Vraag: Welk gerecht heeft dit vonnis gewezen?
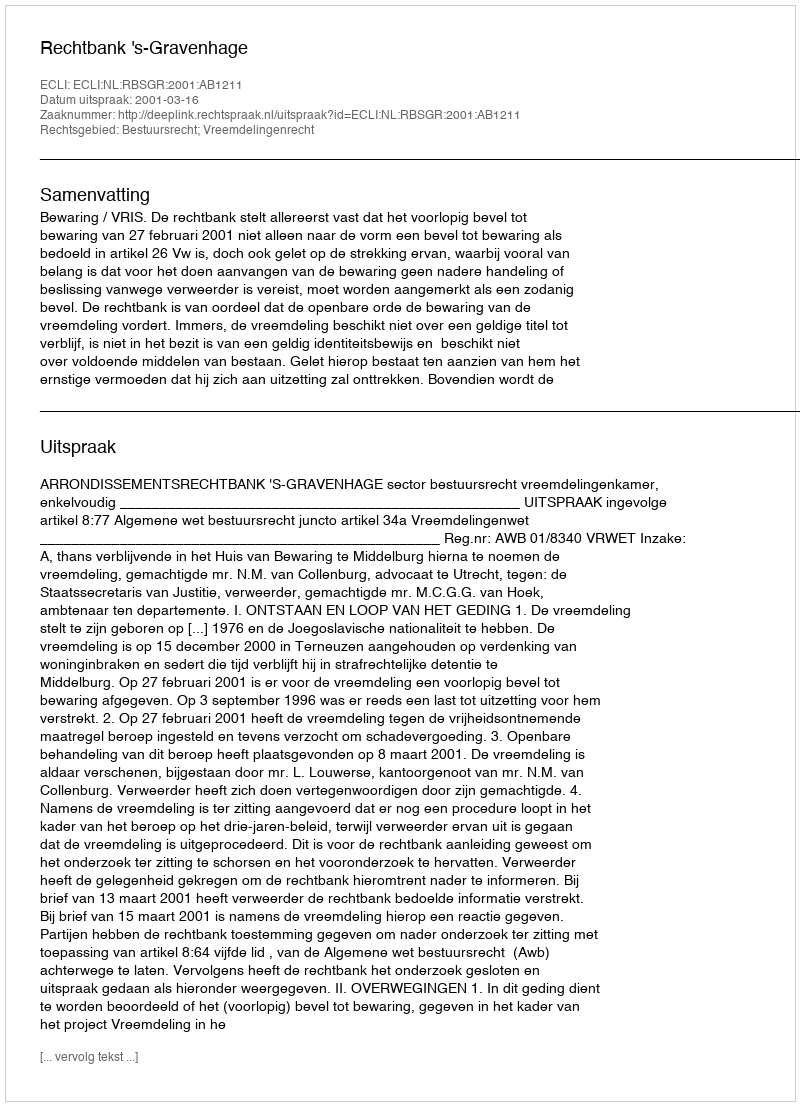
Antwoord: Rechtbank 's-Gravenhage